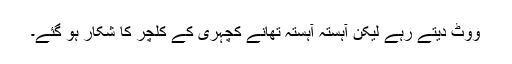
ووٹ دیتے رہے لیکن آہستہ آہستہ تھانے کچہری کے کلچر کا شکار ہو گئے۔